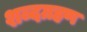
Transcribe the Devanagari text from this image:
शब्दग्रहण